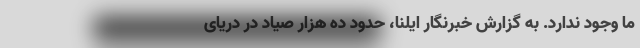
ما وجود ندارد. به گزارش خبرنگار ایلنا، حدود ده هزار صیاد در دریای